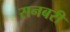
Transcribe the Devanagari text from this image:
सनबरी